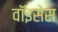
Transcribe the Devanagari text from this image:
वॉइसेस